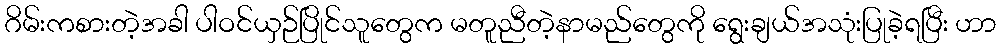
ဂိမ်းကစားတဲ့အခါ ပါဝင်ယှဉ်ပြိုင်သူတွေက မတူညီတဲ့နာမည်တွေကို ရွေးချယ်အသုံးပြုခဲ့ရပြီး ဟာ